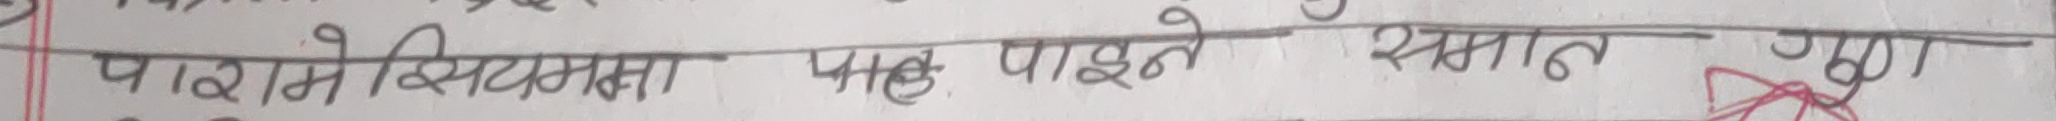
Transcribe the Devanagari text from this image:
पारिस्थितिकता पाइए थमान गया